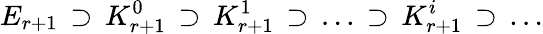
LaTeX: E_{r+1}\, \supset\, K_{r+1}^{0}\, \supset\, K_{r+1}^{1}\, \supset\, \dots\, \supset\, K_{r+1}^{i}\, \supset\, \dots